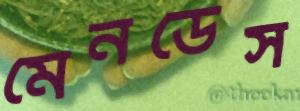
মেনডেস